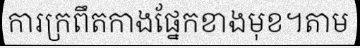
ការក្រពឹតកាងផ្នែកខាងមុខ។តាម